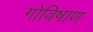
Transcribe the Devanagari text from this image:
गोविषाण